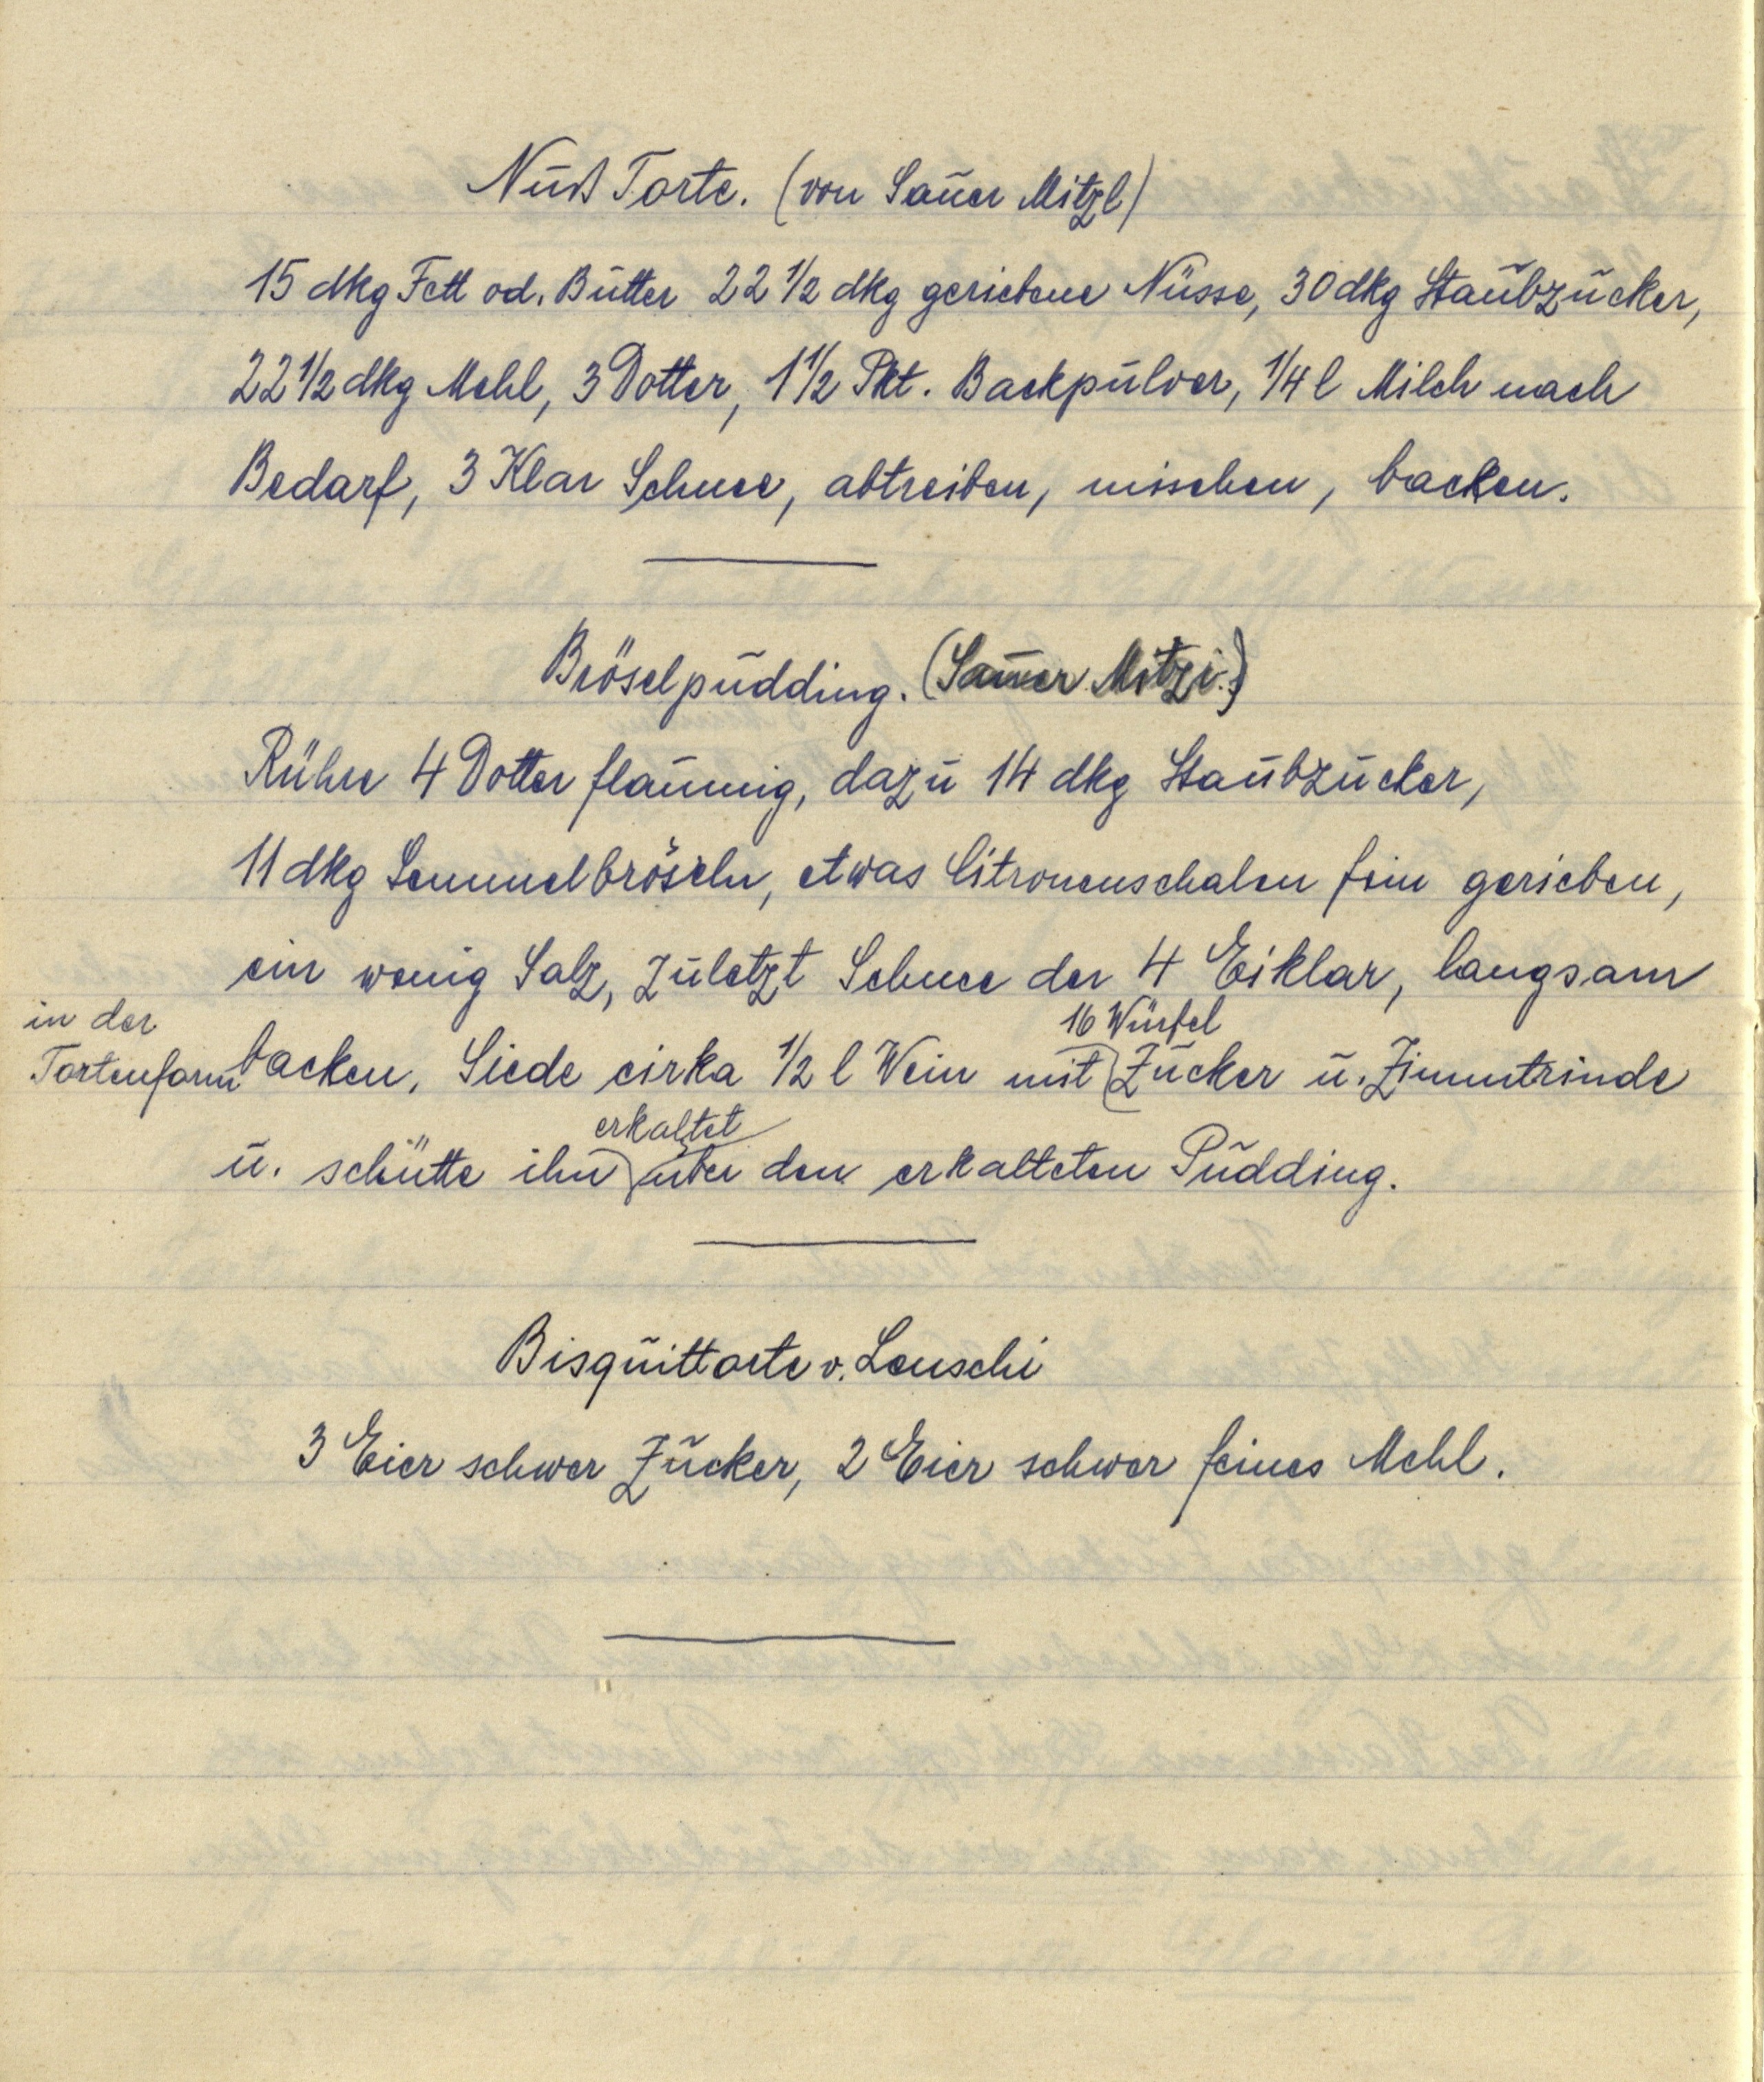
Nuß Torte. (von Sauer Mitzl)
15 dkg fett od. Butter 22 ½ dkg geriebene Nüsse, 30 dkg Staubzucker,
22 ½ dkg Mehl, 3 Dotter, 1 ½ Pkt Backpulver, ¼ l Milch nach
Bedarf, 3 Klar Schnee, abtreiben, mischen, backen.

in der Tortenform backen. Siede cirka ½ l Wein mit 16 Würfel Zucker u. Zimmtrinde
11 dkg Semmelbröseln, etwas Citronenschalen fein gerieben,
ein wenig Salz, zuletzt Schnee der 4 Eiklar, langsam
u. schütte ihn erkaltet über den erkalteten Pudding.
Bröselpudding. (Sauer Mitzi.)
Rühre 4 Dotter flaumig, dazu 14 dkg Staubzucker,

Bisquittorte v. Leuschi
3 Eier schwer Zucker, 2 Eier schwer feines Mehl.